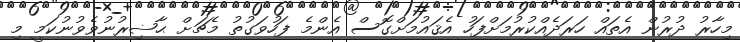
މިހާރު ދުރުން އެތައް ހަރަދެއްކުރުމަށްފަހު އެޤައުމަށްގޮސް އެންމެ ފަހުވަގުތު މެޗަށް ޙާޟިރުނުވެވުނުކަމީ މި